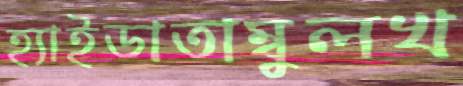
হ্যাইডাতাম্বুলখ